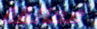
عمالقة